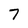
Character: 7